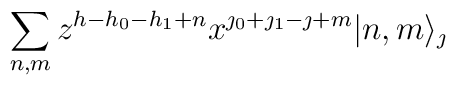
\sum_{n,m} z^{h-h_0-h_1+n} x^{\jmath_0+\jmath_1-\jmath+m}|n,m\rangle_{\jmath}